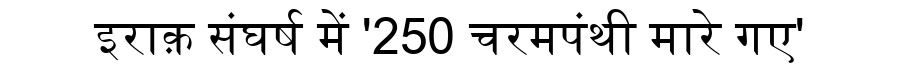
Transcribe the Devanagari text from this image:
इराक़ संघर्ष में '250 चरमपंथी मारे गए'